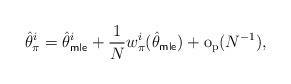
LaTeX: \begin{align*} \hat{\theta}^i_\pi = \hat{\theta}^i_{\sf mle} + \frac{1}{N} w^i_\pi(\hat{\theta}_{\sf mle})+ \mathrm{o}_\mathrm{p}(N^{-1}),\end{align*}